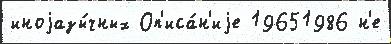
иноjазы́чных Оп'иса́н'иjе 19651986 н'е